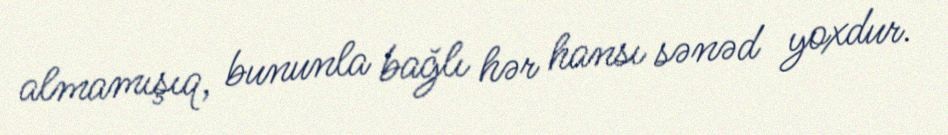
almamışıq, bununla bağlı hər hansı sənəd yoxdur.